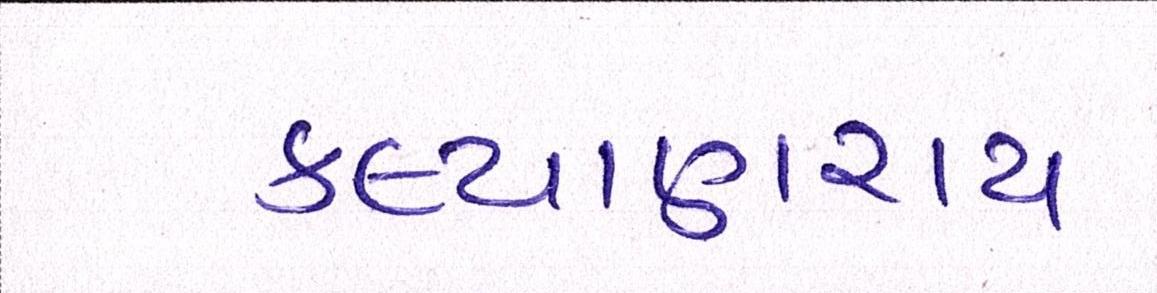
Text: કલ્યાણરાય